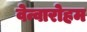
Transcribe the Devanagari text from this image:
वेन्वारोहम